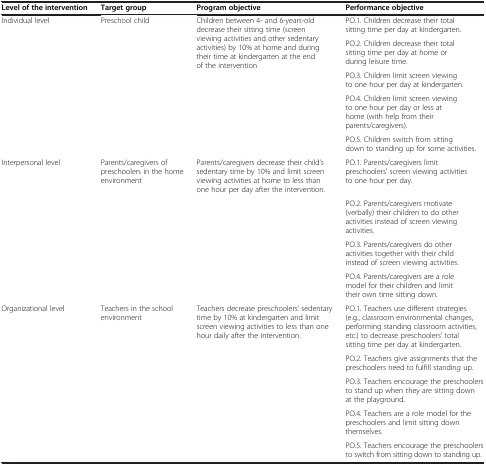
<table><thead><tr><td><b>Level of the intervention</b></td><td><b>Target group</b></td><td><b>Program objective</b></td><td><b>Performance objective</b></td></tr></thead><tbody><tr><td rowspan="5">Individual level</td><td rowspan="5">Preschool child</td><td rowspan="5">Children between 4- and 6-years-old decrease their sitting time (screen viewing activities and other sedentary activities) by 10% at home and during their time at kindergarten at the end of the intervention</td><td>PO.1. Children decrease their total sitting time per day at kindergarten.</td></tr><tr><td>PO.2. Children decrease their total sitting time per day at home or during leisure time.</td></tr><tr><td>PO.3. Children limit screen viewing to one hour per day at kindergarten.</td></tr><tr><td>PO.4. Children limit screen viewing to one hour per day or less at home (with help from their parents/caregivers).</td></tr><tr><td>PO.5. Children switch from sitting down to standing up for some activities.</td></tr><tr><td>Interpersonal level</td><td>Parents/caregivers of preschoolers in the home environment</td><td>Parents/caregivers decrease their child’s sedentary time by 10% and limit screen viewing activities at home to less than one hour per day after the intervention.</td><td>PO.1. Parents/caregivers limit preschoolers’ screen viewing activities to one hour per day.</td></tr><tr><td> </td><td> </td><td> </td><td>PO.2. Parents/caregivers motivate (verbally) their children to do other activities instead of screen viewing activities.</td></tr><tr><td> </td><td> </td><td> </td><td>PO.3. Parents/caregivers do other activities together with their child instead of screen viewing activities.</td></tr><tr><td> </td><td> </td><td> </td><td>PO.4. Parents/caregivers are a role model for their children and limit their own time sitting down.</td></tr><tr><td>Organizational level</td><td>Teachers in the school environment</td><td>Teachers decrease preschoolers’ sedentary time by 10% at kindergarten and limit screen viewing activities to less than one hour daily after the intervention.</td><td>PO.1. Teachers use different strategies (e.g., classroom environmental changes, performing standing classroom activities, etc.) to decrease preschoolers’ total sitting time per day at kindergarten.</td></tr><tr><td> </td><td> </td><td> </td><td>PO.2. Teachers give assignments that the preschoolers need to fulfill standing up.</td></tr><tr><td> </td><td> </td><td> </td><td>PO.3. Teachers encourage the preschoolers to stand up when they are sitting down at the playground.</td></tr><tr><td> </td><td> </td><td> </td><td>PO.4. Teachers are a role model for the preschoolers and limit sitting down themselves.</td></tr><tr><td> </td><td> </td><td> </td><td>PO.5. Teachers encourage the preschoolers to switch from sitting down to standing up.</td></tr></tbody></table>